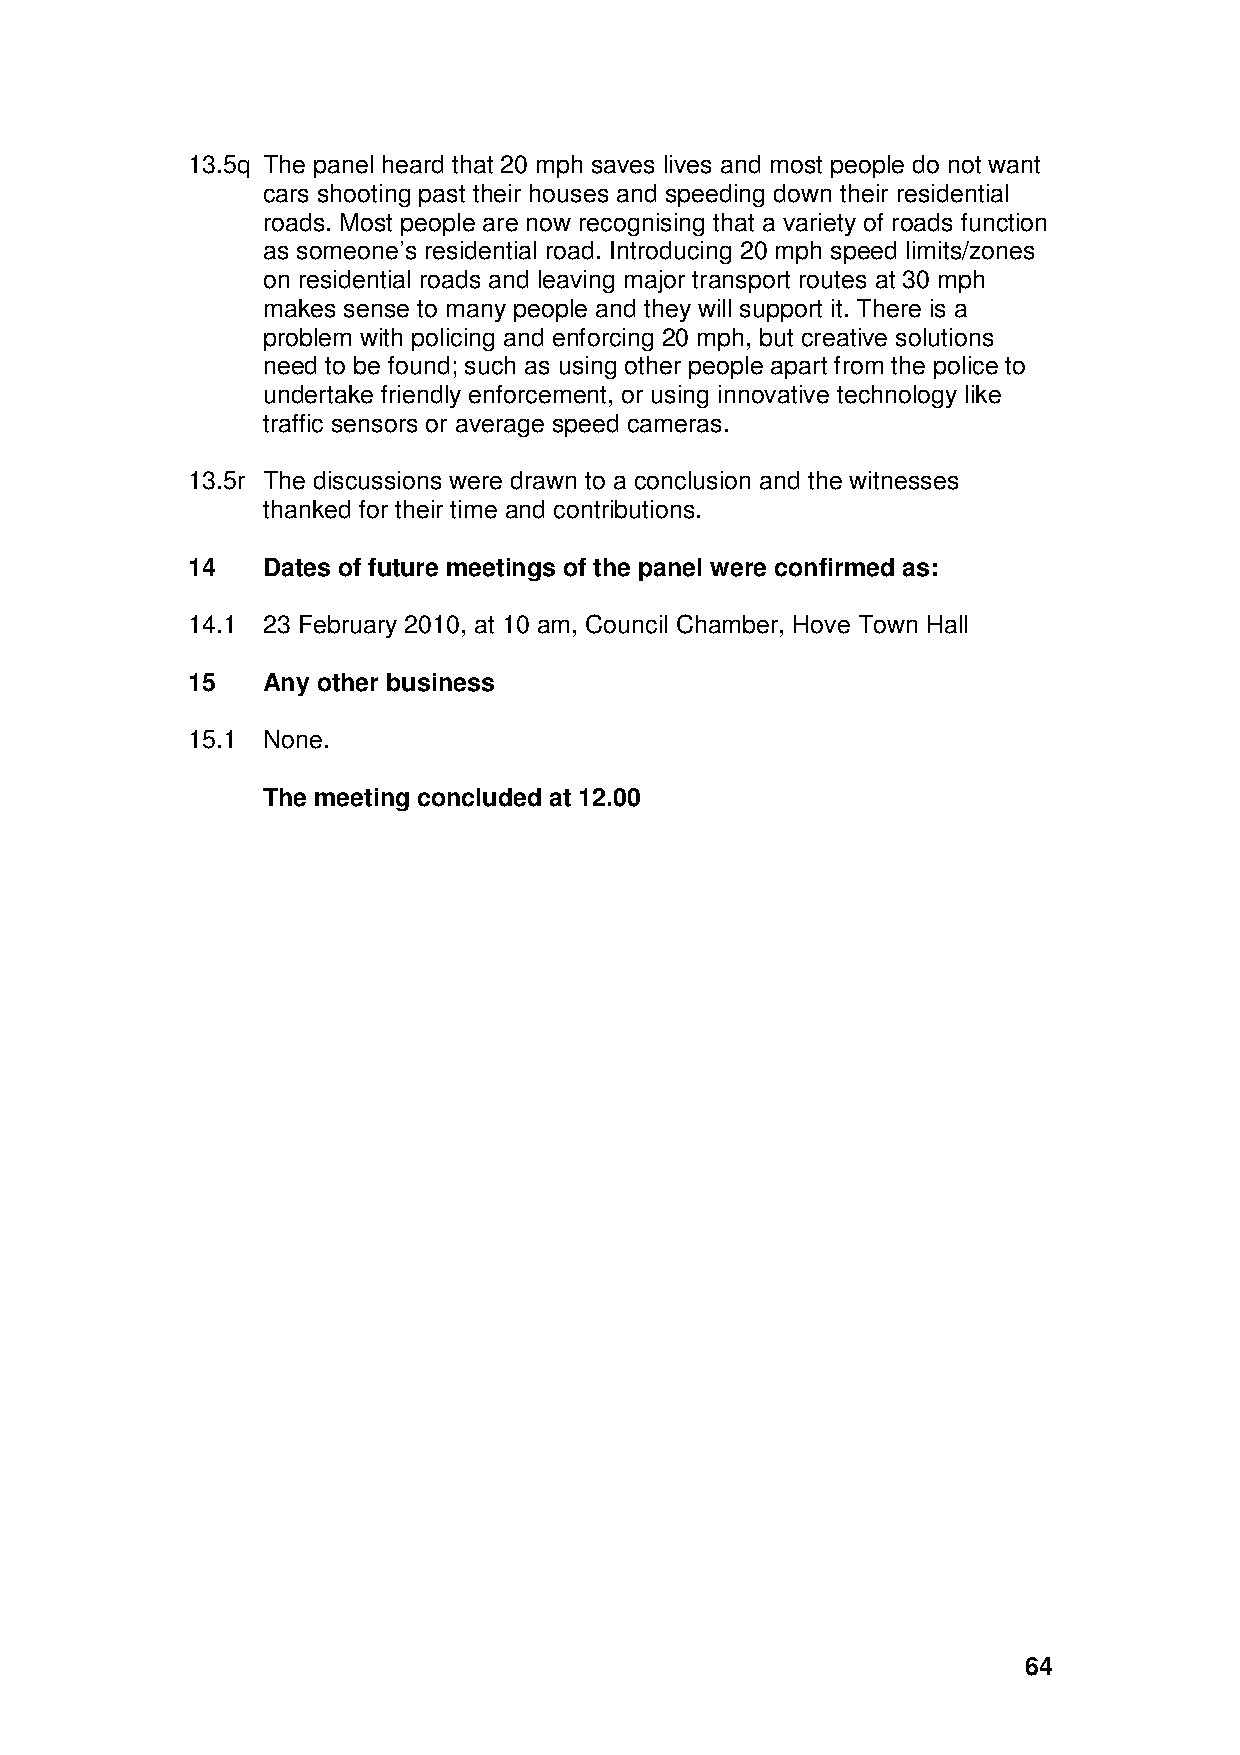
13.5q The panel heard that 20 mph saves lives and most people do not want
 cars shooting past their houses and speeding down their residential
 roads. Most people are now recognising that a variety of roads function
 as someone’s residential road. Introducing 20 mph speed limits/zones
 on residential roads and leaving major transport routes at 30 mph
 makes sense to many people and they will support it. There is a
 problem with policing and enforcing 20 mph, but creative solutions
 need to be found; such as using other people apart from the police to
 undertake friendly enforcement, or using innovative technology like
 traffic sensors or average speed cameras.
 13.5r The discussions were drawn to a conclusion and the witnesses
 thanked for their time and contributions.
 14   Dates of future meetings of the panel were confirmed as:
 14.1 23 February 2010, at 10 am, Council Chamber, Hove Town Hall
 15   Any other business
 15.1 None.
 The meeting concluded at 12.00
 64